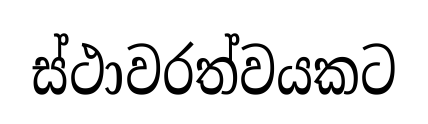
ස්ථාවරත්වයකට